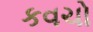
કવચો